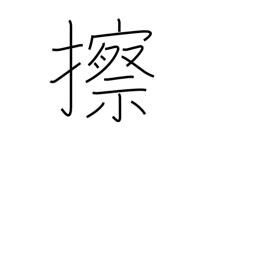
Meaning: grate